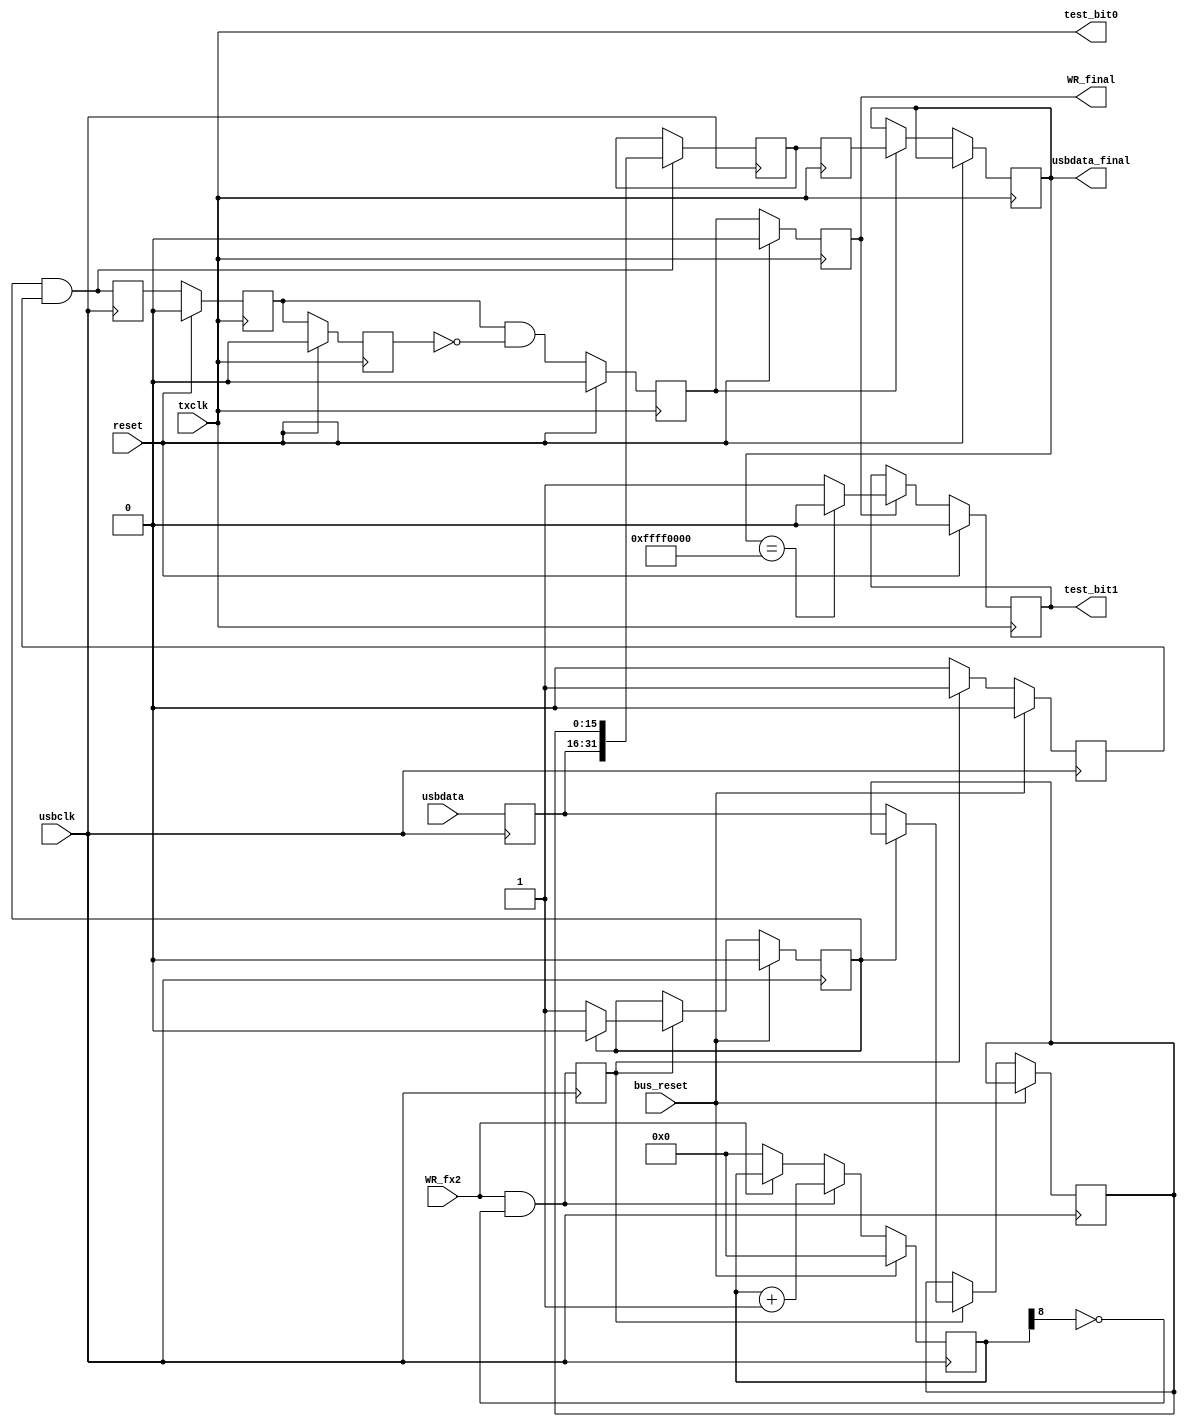
module tx_packer_1
   (     
			input bus_reset, 
			input usbclk, 
			input WR_fx2, 
			input [15:0]usbdata,
			input reset,
			input txclk,
			output reg [31:0] usbdata_final,
			output reg WR_final,
         output wire test_bit0,
 		   output reg test_bit1
);
	reg [8:0] write_count;
	always @(posedge usbclk)
	begin
    	if(bus_reset)        
       		write_count <= #1 0;
    	else if(WR_fx2 & ~write_count[8])
    		write_count <= #1 write_count + 9'd1;
    	else
    		write_count <= #1 WR_fx2 ? write_count : 9'b0;
	end
	reg WR_fx2_fixed;
	reg [15:0]usbdata_fixed;
	always @(posedge usbclk) 
	begin
	   WR_fx2_fixed <= WR_fx2 & ~write_count[8];
	   usbdata_fixed <= usbdata;
	end
    reg                             word_complete ;
    reg     [15:0]         			usbdata_delayed ;
    reg                             writing ;
	wire	[31:0]					usbdata_packed ;    
	wire							WR_packed ;
  assign usbdata_xor = ((usbdata_fixed[15] & usbdata_fixed[14]) & (usbdata_fixed[13] & usbdata_fixed[12])  & 
			 (usbdata_fixed[11] & usbdata_fixed[10]) & (usbdata_fixed[9] & usbdata_fixed[8])   &
			 (usbdata_fixed[7] & usbdata_fixed[6]) &   (usbdata_fixed[5] & usbdata_fixed[4])   &
   	                 (usbdata_fixed[3] & usbdata_fixed[2]) &   (usbdata_fixed[1] & usbdata_fixed[0])   &
                          WR_fx2_fixed);
 assign test_bit0 = txclk ;
    always @(posedge usbclk)
    begin
        if (bus_reset)
          begin
            word_complete <= 0 ;
            writing <= 0 ;
          end
        else if (WR_fx2_fixed)
          begin
            writing <= 1 ;
            if (word_complete)
                word_complete <= 0 ;
            else
              begin
                usbdata_delayed <= usbdata_fixed ;
                word_complete <= 1 ;
              end
          end
        else
            writing <= 0 ;
	end
	assign usbdata_packed = {usbdata_fixed, usbdata_delayed} ;
   assign WR_packed = word_complete & writing ;
 	reg [31:0]usbdata_usbclk;
	reg WR_usbclk; 
    always @(posedge usbclk)
    begin
    	if (WR_packed)
    	  usbdata_usbclk <= usbdata_packed;
        WR_usbclk <= WR_packed;
    end
	reg [31:0] usbdata_tx ;
	reg WR_tx;
   reg WR_1;
   reg WR_2;
	always @(posedge txclk) usbdata_tx <= usbdata_usbclk;
    always @(posedge txclk) 
    	if (reset)
    		WR_1 <= 0;
    	else
       		WR_1 <= WR_usbclk;
    always @(posedge txclk) 
    	if (reset)
       		WR_2 <= 0;
    	else
      		WR_2 <= WR_1;
	always @(posedge txclk)
	begin
		if (reset)
			WR_tx <= 0;
		else
		   WR_tx <= WR_1 & ~WR_2;
	end
	always @(posedge txclk)
	begin
	   if (reset)
	      WR_final <= 0;
	   else
	   begin
	      WR_final <= WR_tx; 
	      if (WR_tx)
	         usbdata_final <= usbdata_tx;
	   end
	end
	always @(posedge txclk)
	begin
	   if (reset)
	     test_bit1 <= 0;
	   else if (!WR_final)
	     test_bit1 <= test_bit1;
	   else if ((usbdata_final == 32'hffff0000))
    	           test_bit1 <= 0;
           else
    	           test_bit1 <= 1;
	end
endmodule